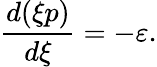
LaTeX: \frac{d(\xi p)}{d\xi}=-\varepsilon.